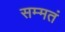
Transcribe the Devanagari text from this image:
सम्मतं